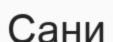
Сани